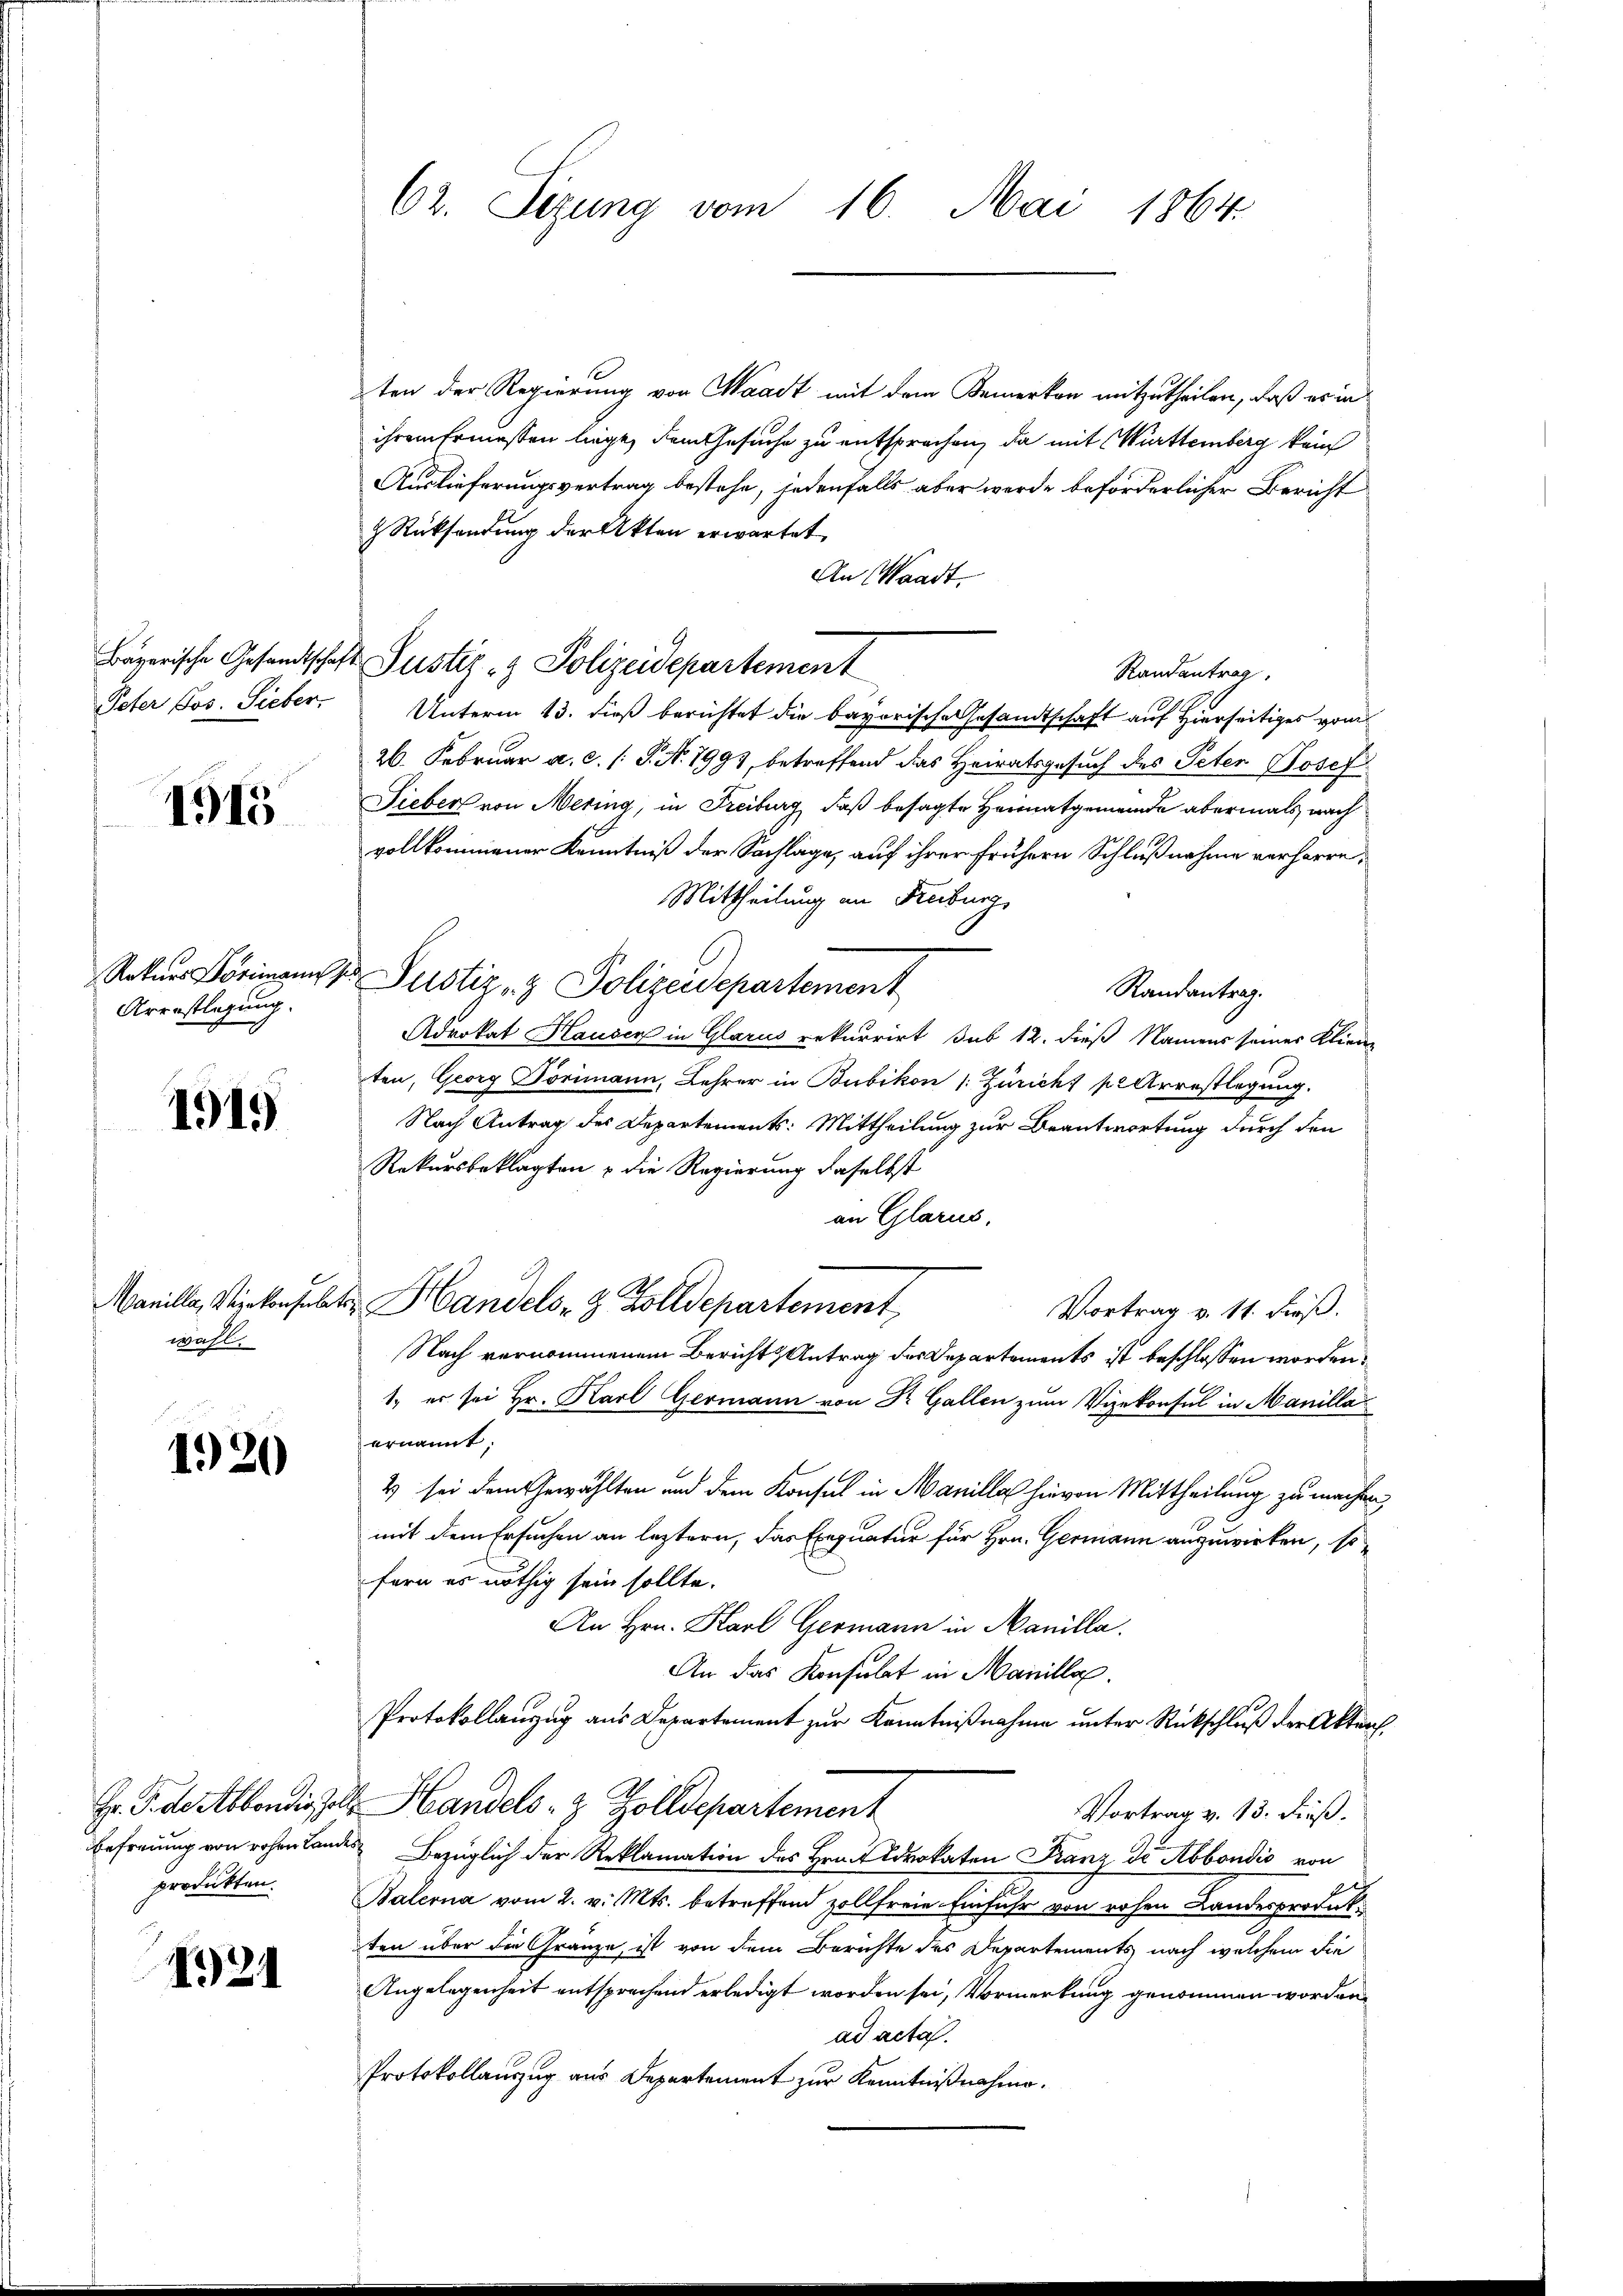
Peter Jos. Sieber.

1915

Rekurs Förimann s
Arrestlegung.

1919

Manilla, Vizekonsulat
wahl.

1920

Befreiung von rohen Lande

121

62. Sizung vom 16. Mai 1864.

Bayerische Gesandtschaft Pustiz & Polizeidepartement

ten der Regierung von Waadt mit dem Bemerken mitzutheilen, daß er in
ihrem Ermessen liege, dem Gesuche zu entsprochen, da mit Württemberg kein
Auslieferungsvertrag bestehe, jedenfalls aber werde beförderlicher Bericht
 Rücksendung der Akten erwartet
An Waadt.
Randantrag
Unterm 13. dieß berichtet die bayerische Gesandtschaft auf Hierseitiges vom
26. Februar a.c. (T. N. 1993, betreffend das Heiratsgesuch des Peter Josef
Sieber von Mering, in Freiburg, daß besagte Heimatgemeinde abermals nach
vollkommener Kenntniß der Sachlage, auf ihrer frühern Schlußnahme verharre,
Mittheilung an Freiburg,
 Justiz- & Polizeidepartement
Randantrag.
Advokat Hausen in Glarus rekurrirt sub 12. dieß Namens seines Klien-
ten, Georg Törimann, Lehrer in Bubikon (: Züricht pl Arrestlegung.
Nach Antrag des Departements: Mittheilung zur Beantwortung durch den
Rekursbeklagten & die Regierung daselbst
an Glarus,
Handels- & Zolldepartement
Vortrag v. 11. dieß.
Nach vernommenem Bericht & Antrag des Departements ist beschlossen worden,
1. er sei Hr. Karl Germann von Dr. Gallen zum Vizekonsul in Manilla
ernannt;
2 sei dem Gewählten und dem Konsul in Manille hievon Mittheilung zu machen,
10
mit dem Ersuchen an leztern, das Exequatur für Hrn. Germann auszuwirken, so
fern es nöthig sein sollte.
An Hrn. Karl Germann in Manilla.
An das Konsulat in Manille.
Protokollanzug aus Departement zur Kenntnißnahme unter Rückschluß der Akten
Hr. P. de Abbondis soll Handels- & Zolldepartement
Vortrag v. 13. dieß.
 Bezüglich der Reklamation des Hrn. Advokaten Franz de Abbondio von
produkten. Balerna vom 2. v. Mts. betreffend zollfreie Einfuhr von rohen Landesproduk
ten über die Gränze, ist von dem Berichte des Departements nach welchem die
Angelegenheit entsprechend erledigt worden sei, Vormerkung genommen worden,
ad acta.
Protokollauszug aus Departement zur Kenntnißnahme.